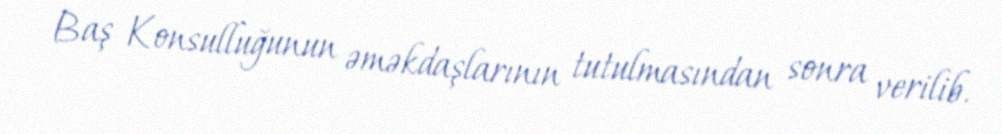
Baş Konsulluğunun əməkdaşlarının tutulmasından sonra verilib.